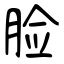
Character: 脸